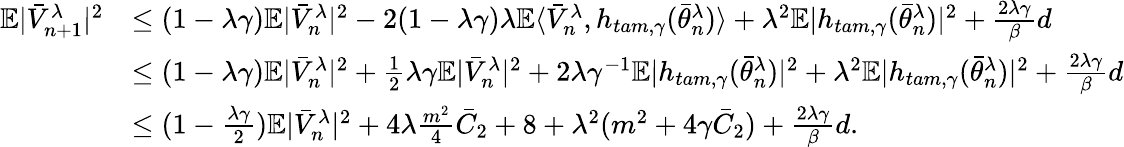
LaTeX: \begin{array}{rl}{\mathbb{E}|\bar{V}_{n+1}^{\lambda}|^{2}}&{\leq(1-\lambda\gamma)\mathbb{E}|\bar{V}_{n}^{\lambda}|^{2}-2(1-\lambda\gamma)\lambda\mathbb{E}\langle\bar{V}_{n}^{\lambda},h_{tam,\gamma}(\bar{\theta}_{n}^{\lambda})\rangle+\lambda^{2}\mathbb{E}|h_{tam,\gamma}(\bar{\theta}_{n}^{\lambda})|^{2}+\frac{2\lambda\gamma}{\beta}d}\\ &{\leq(1-\lambda\gamma)\mathbb{E}|\bar{V}_{n}^{\lambda}|^{2}+\frac{1}{2}\lambda\gamma\mathbb{E}|\bar{V}_{n}^{\lambda}|^{2}+2\lambda\gamma^{-1}\mathbb{E}|h_{tam,\gamma}(\bar{\theta}_{n}^{\lambda})|^{2}+\lambda^{2}\mathbb{E}|h_{tam,\gamma}(\bar{\theta}_{n}^{\lambda})|^{2}+\frac{2\lambda\gamma}{\beta}d}\\ &{\leq(1-\frac{\lambda\gamma}{2})\mathbb{E}|\bar{V}_{n}^{\lambda}|^{2}+4\lambda\frac{m^{2}}{4}\bar{C}_{2}+8+\lambda^{2}(m^{2}+4\gamma\bar{C}_{2})+\frac{2\lambda\gamma}{\beta}d.}\end{array}